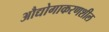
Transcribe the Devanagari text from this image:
औद्योगाकरणशील